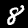
Digit: 8